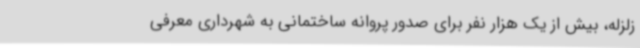
زلزله، بیش از یک هزار نفر برای صدور پروانه ساختمانی به شهرداری معرفی